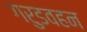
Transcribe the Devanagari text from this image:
गरुडवहन